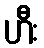
ဟီး